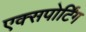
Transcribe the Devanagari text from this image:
एक्सपोर्टिंग